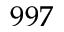
9 9 7